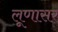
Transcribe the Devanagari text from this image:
लूणासर